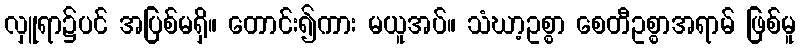
လှူရာ၌ပင် အပြစ်မရှိ။ တောင်း၍ကား မယူအပ်။ သံဃာ့ဥစ္စာ စေတီဥစ္စာအရာမ် ဖြစ်မူ